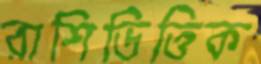
রাশিভিত্তিক